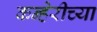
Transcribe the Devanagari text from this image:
कन्हेरीच्या